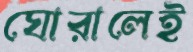
ঘোরালেই